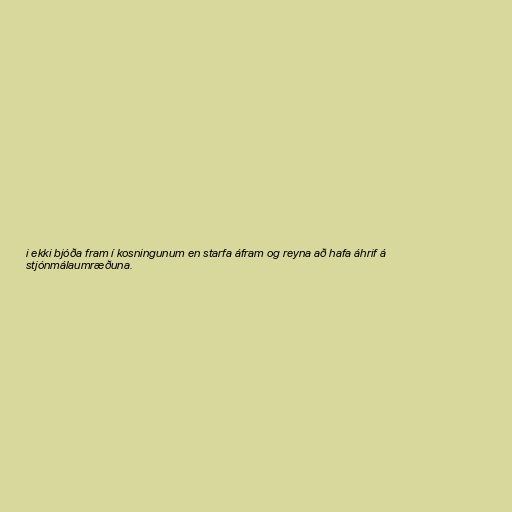
i ekki bjóða fram í kosningunum en starfa áfram og reyna að hafa áhrif á
stjónmálaumræðuna.